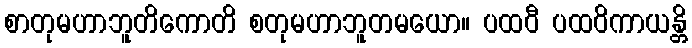
စာတုမဟာဘူတိကောတိ စတုမဟာဘူတမယော။ ပထဝီ ပထဝိကာယန္တိ